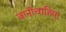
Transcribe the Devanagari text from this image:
जानीचाहिए।